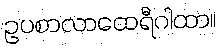
ဥပစာလာထေရီဂါထာ။